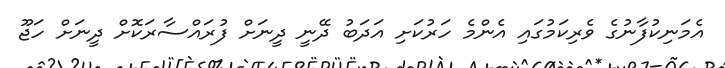
އެމަނިކުފާނުގެ ވެރިކަމުގައި އެންމެ ހަރުކަށި އަދަބު ދޭނީ ދީނަށް ފުރައްސާރަކޮށް ދީނަށް ހަޖޫ